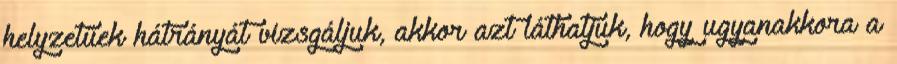
helyzetűek hátrányát vizsgáljuk, akkor azt láthatjuk, hogy ugyanakkora a